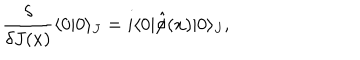
\frac { \delta } { \delta J ( x ) } \langle 0 | 0 \rangle _ { J } = i \langle 0 | \hat { \phi } ( x ) | 0 \rangle _ { J } ,